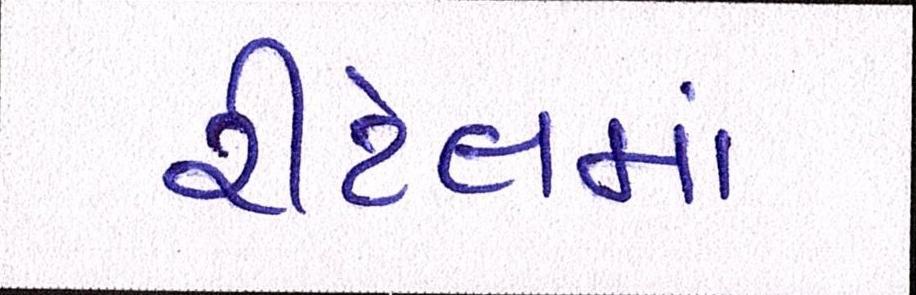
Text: રીટેલમાં